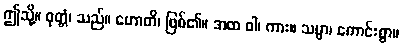
ဤသို့။ ဝုတ္တံ၊ သည်။ ဟောတိ၊ ဖြစ်၏။ အထ ဝါ၊ ကား။ သမ္မာ၊ ကောင်းစွာ။